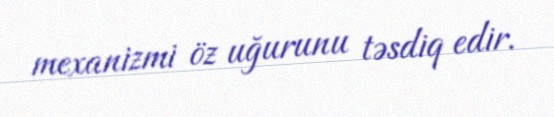
mexanizmi öz uğurunu təsdiq edir.